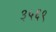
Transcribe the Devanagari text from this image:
३५६९